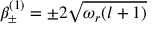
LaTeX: \beta _ { \pm } ^ { ( 1 ) } = \pm 2 \sqrt { \omega _ { r } ( l + 1 ) }